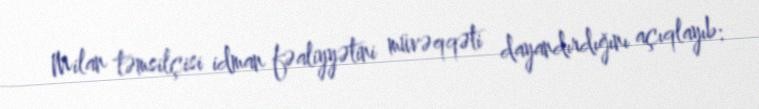
Milan təmsilçisi idman fəaliyyətini müvəqqəti dayandırdığını açıqlayıb: